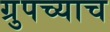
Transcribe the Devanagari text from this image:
ग्रुपच्याच